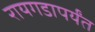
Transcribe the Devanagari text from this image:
रायगडापर्यंत